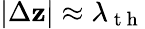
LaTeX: |\Delta\mathbf{z}|\approx\lambda_{\mathrm{{~t~h~}}}